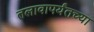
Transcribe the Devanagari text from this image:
तलावापर्यंतच्या